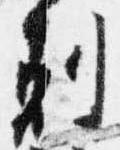
剋